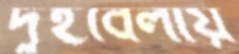
দুইবেলায়